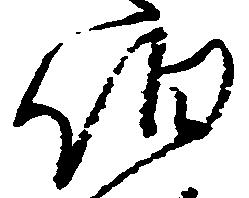
伯